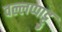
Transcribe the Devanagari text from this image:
वल्लप्पाट्टु